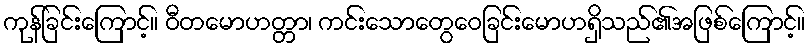
ကုန်ခြင်းကြောင့်။ ဝီတမောဟတ္တာ၊ ကင်းသောတွေဝေခြင်းမောဟရှိသည်၏အဖြစ်ကြောင့်။